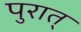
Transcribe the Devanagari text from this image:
पुरात्